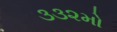
૩૩૨મો